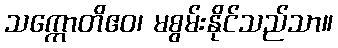
သက္ကောတိဧဝ၊ မစွမ်းနိုင်သည်သာ။